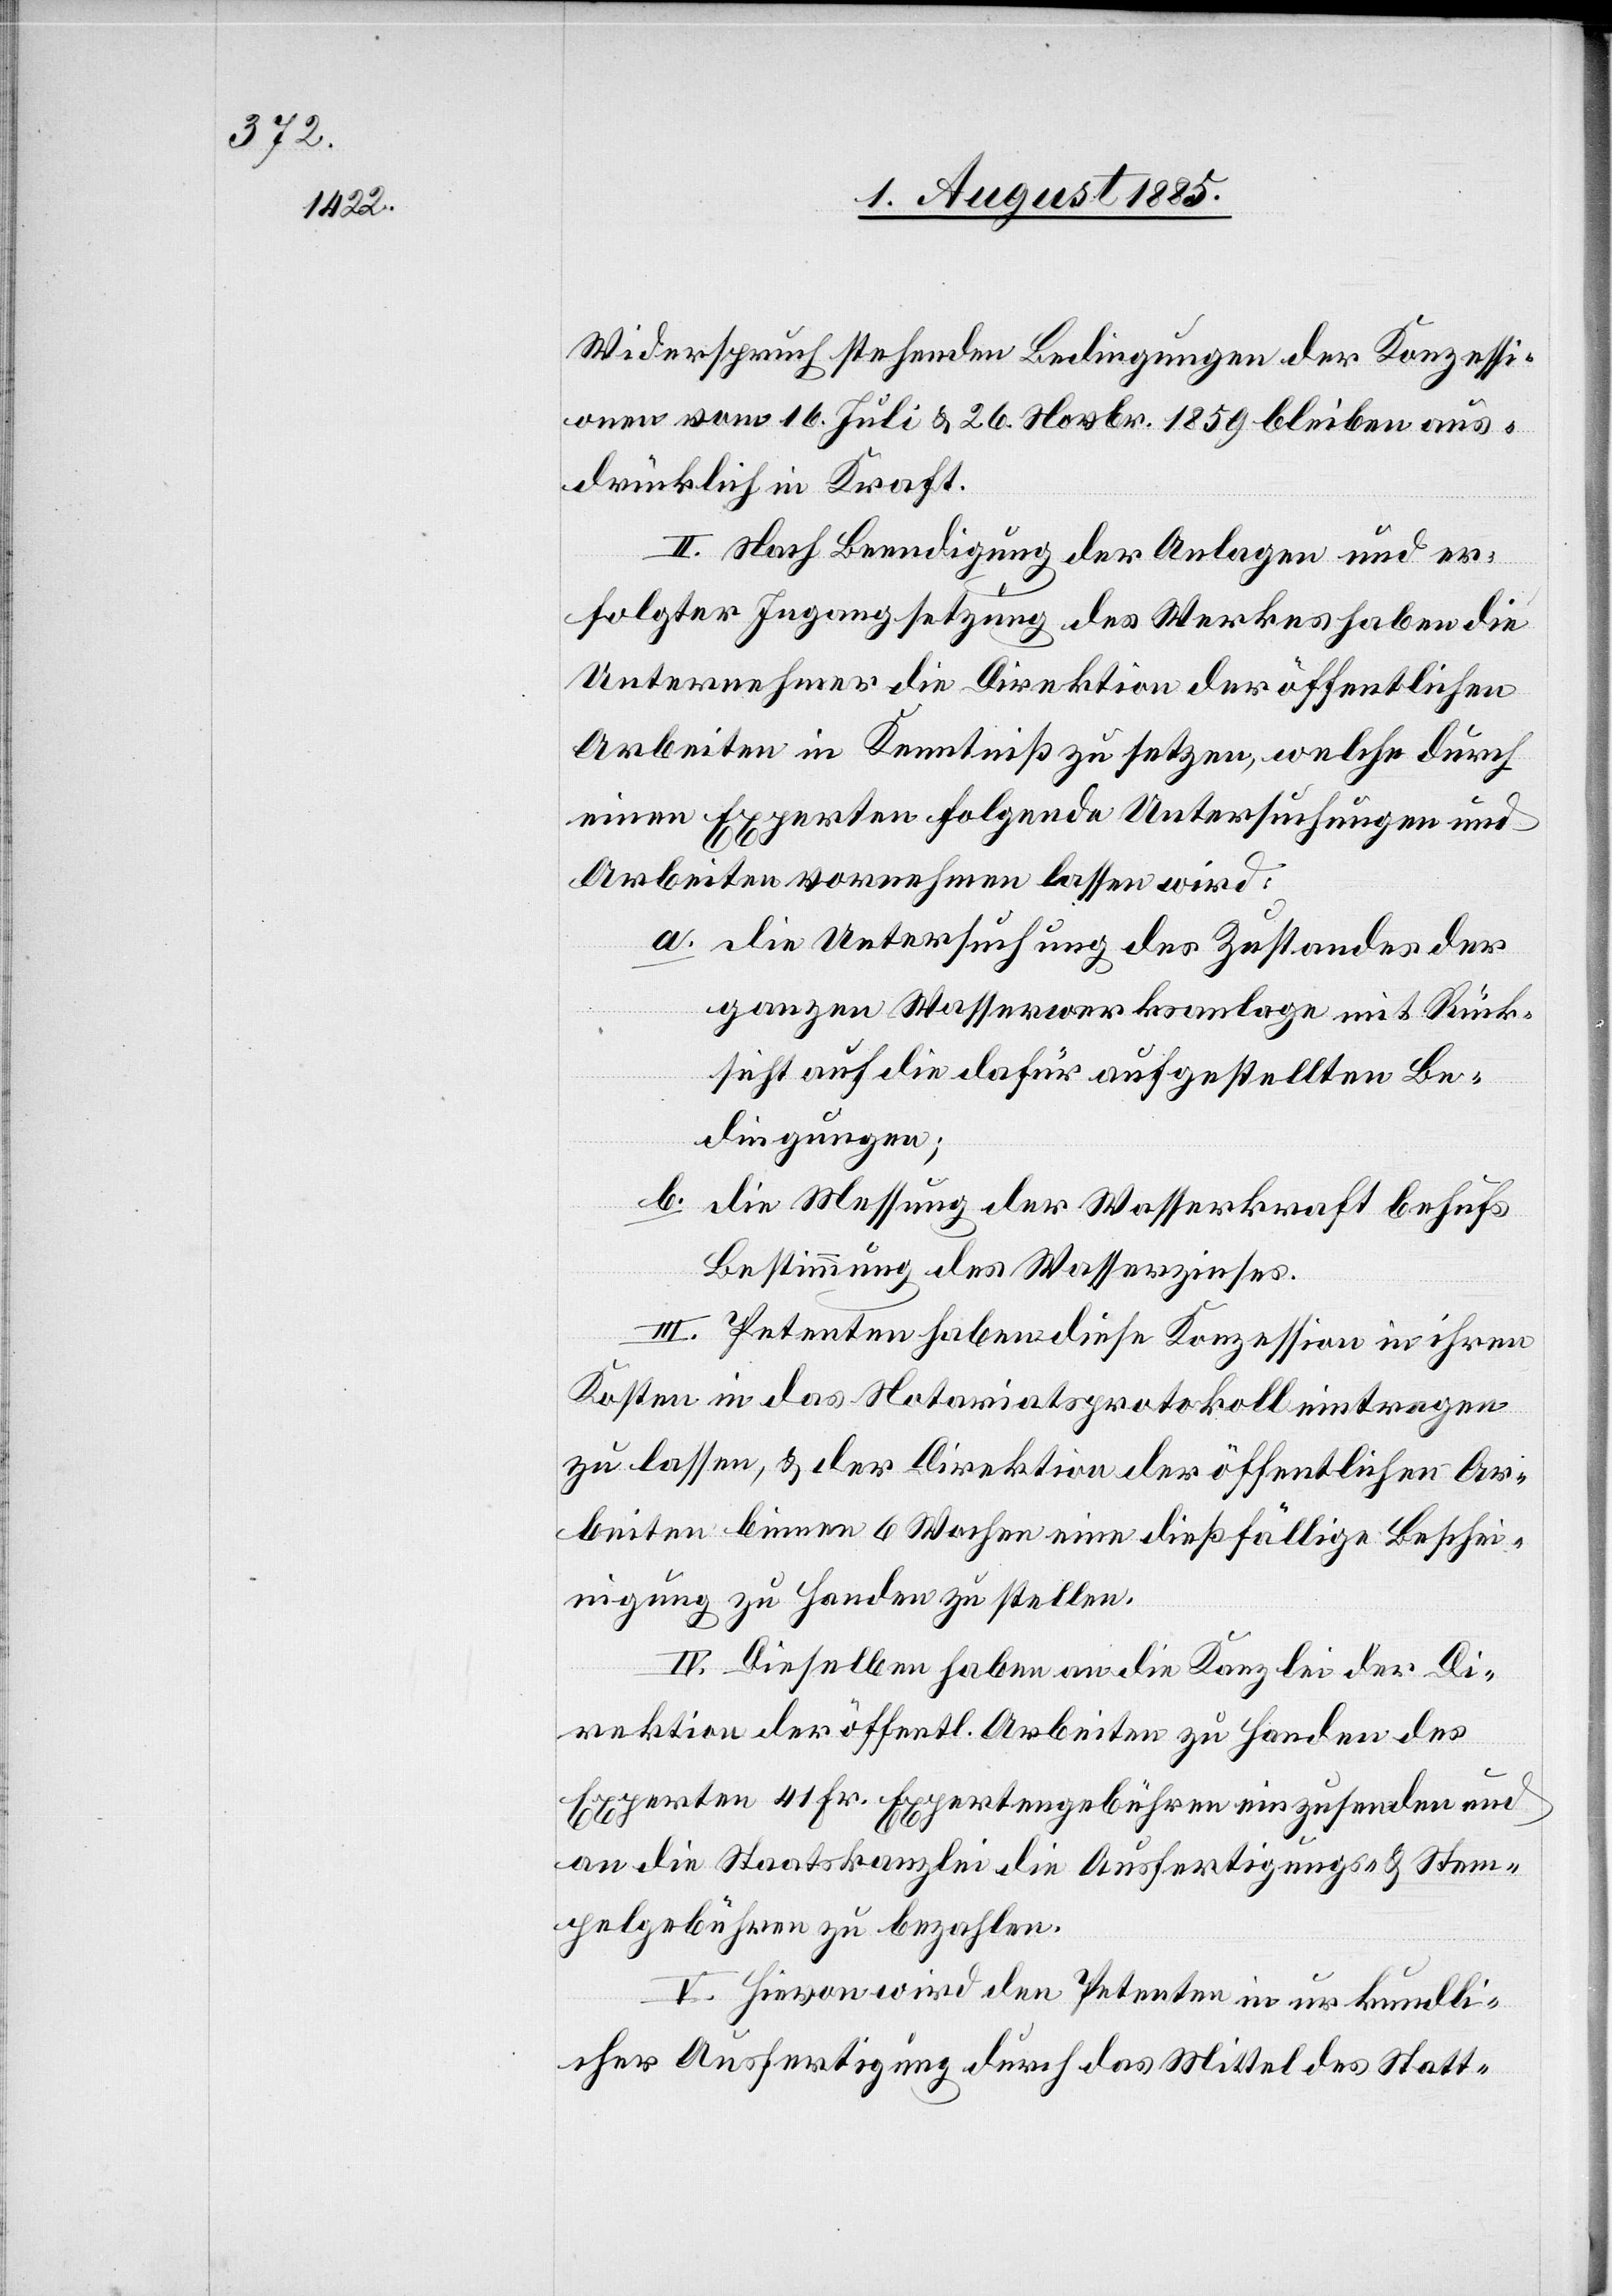
Widerspruch stehenden Bedingungen der Konzessi¬
on vom 16. Juli & 26. Novbr. 1859 bleiben aus¬
drücklich in Kraft.
II. Nach Beendigung der Anlagen und er¬
folgter Ingangsetzung des Werkes haben die
Unternehmer die Direktion der öffentlichen
Arbeiten in Kenntniß zu setzen, welche durch
einen Experten folgende Untersuchungen und
Arbeiten vornehmen lassen wird:
a. die Untersuchung des Zustandes der
ganzen Wasserwerksanlage mit Rück¬
sicht auf die dafür aufgestellten Be¬
dingungen;
b. die Messung der Wasserkraft behufs
Bestimmung des Wasserzinses.
III. Petenten haben diese Konzession in ihren
Kosten in das Notariatsprotokoll eintragen
zu lassen, & der Direktion der öffentlichen Ar¬
beiten binnen 6 Wochen eine dießfällige Beschei¬
nigung zu Handen zu stellen.
IV. Dieselben haben an die Kanzlei der Di¬
rektion der öffentl. Arbeiten zu Handen der
Experten 41 Fr. Expertengebühren einzusenden und
an die Staatskanzlei die Ausfertigungs- & Stem¬
pelgebühren zu bezahlen.
V. Hievon wird den Petenten in urkundli¬
cher Ausführung durch das Mittel des Statt-